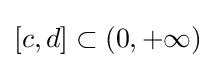
[c,d]\subset (0,+\infty )